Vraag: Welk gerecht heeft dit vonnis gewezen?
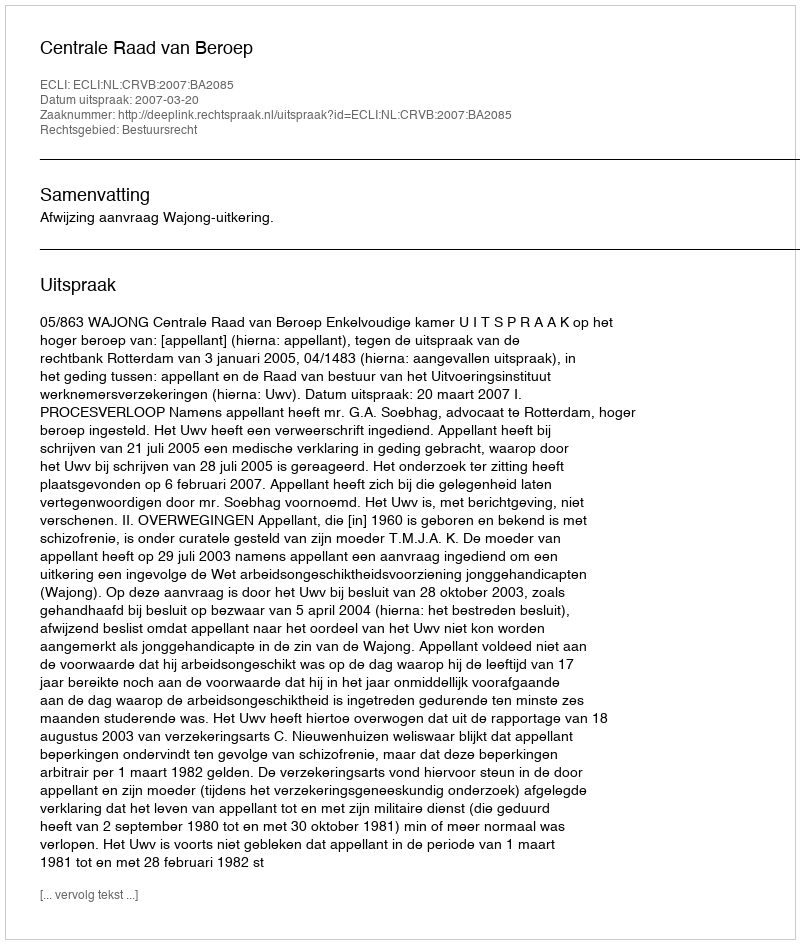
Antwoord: Centrale Raad van Beroep